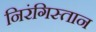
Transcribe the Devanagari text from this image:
निरंगिस्तान